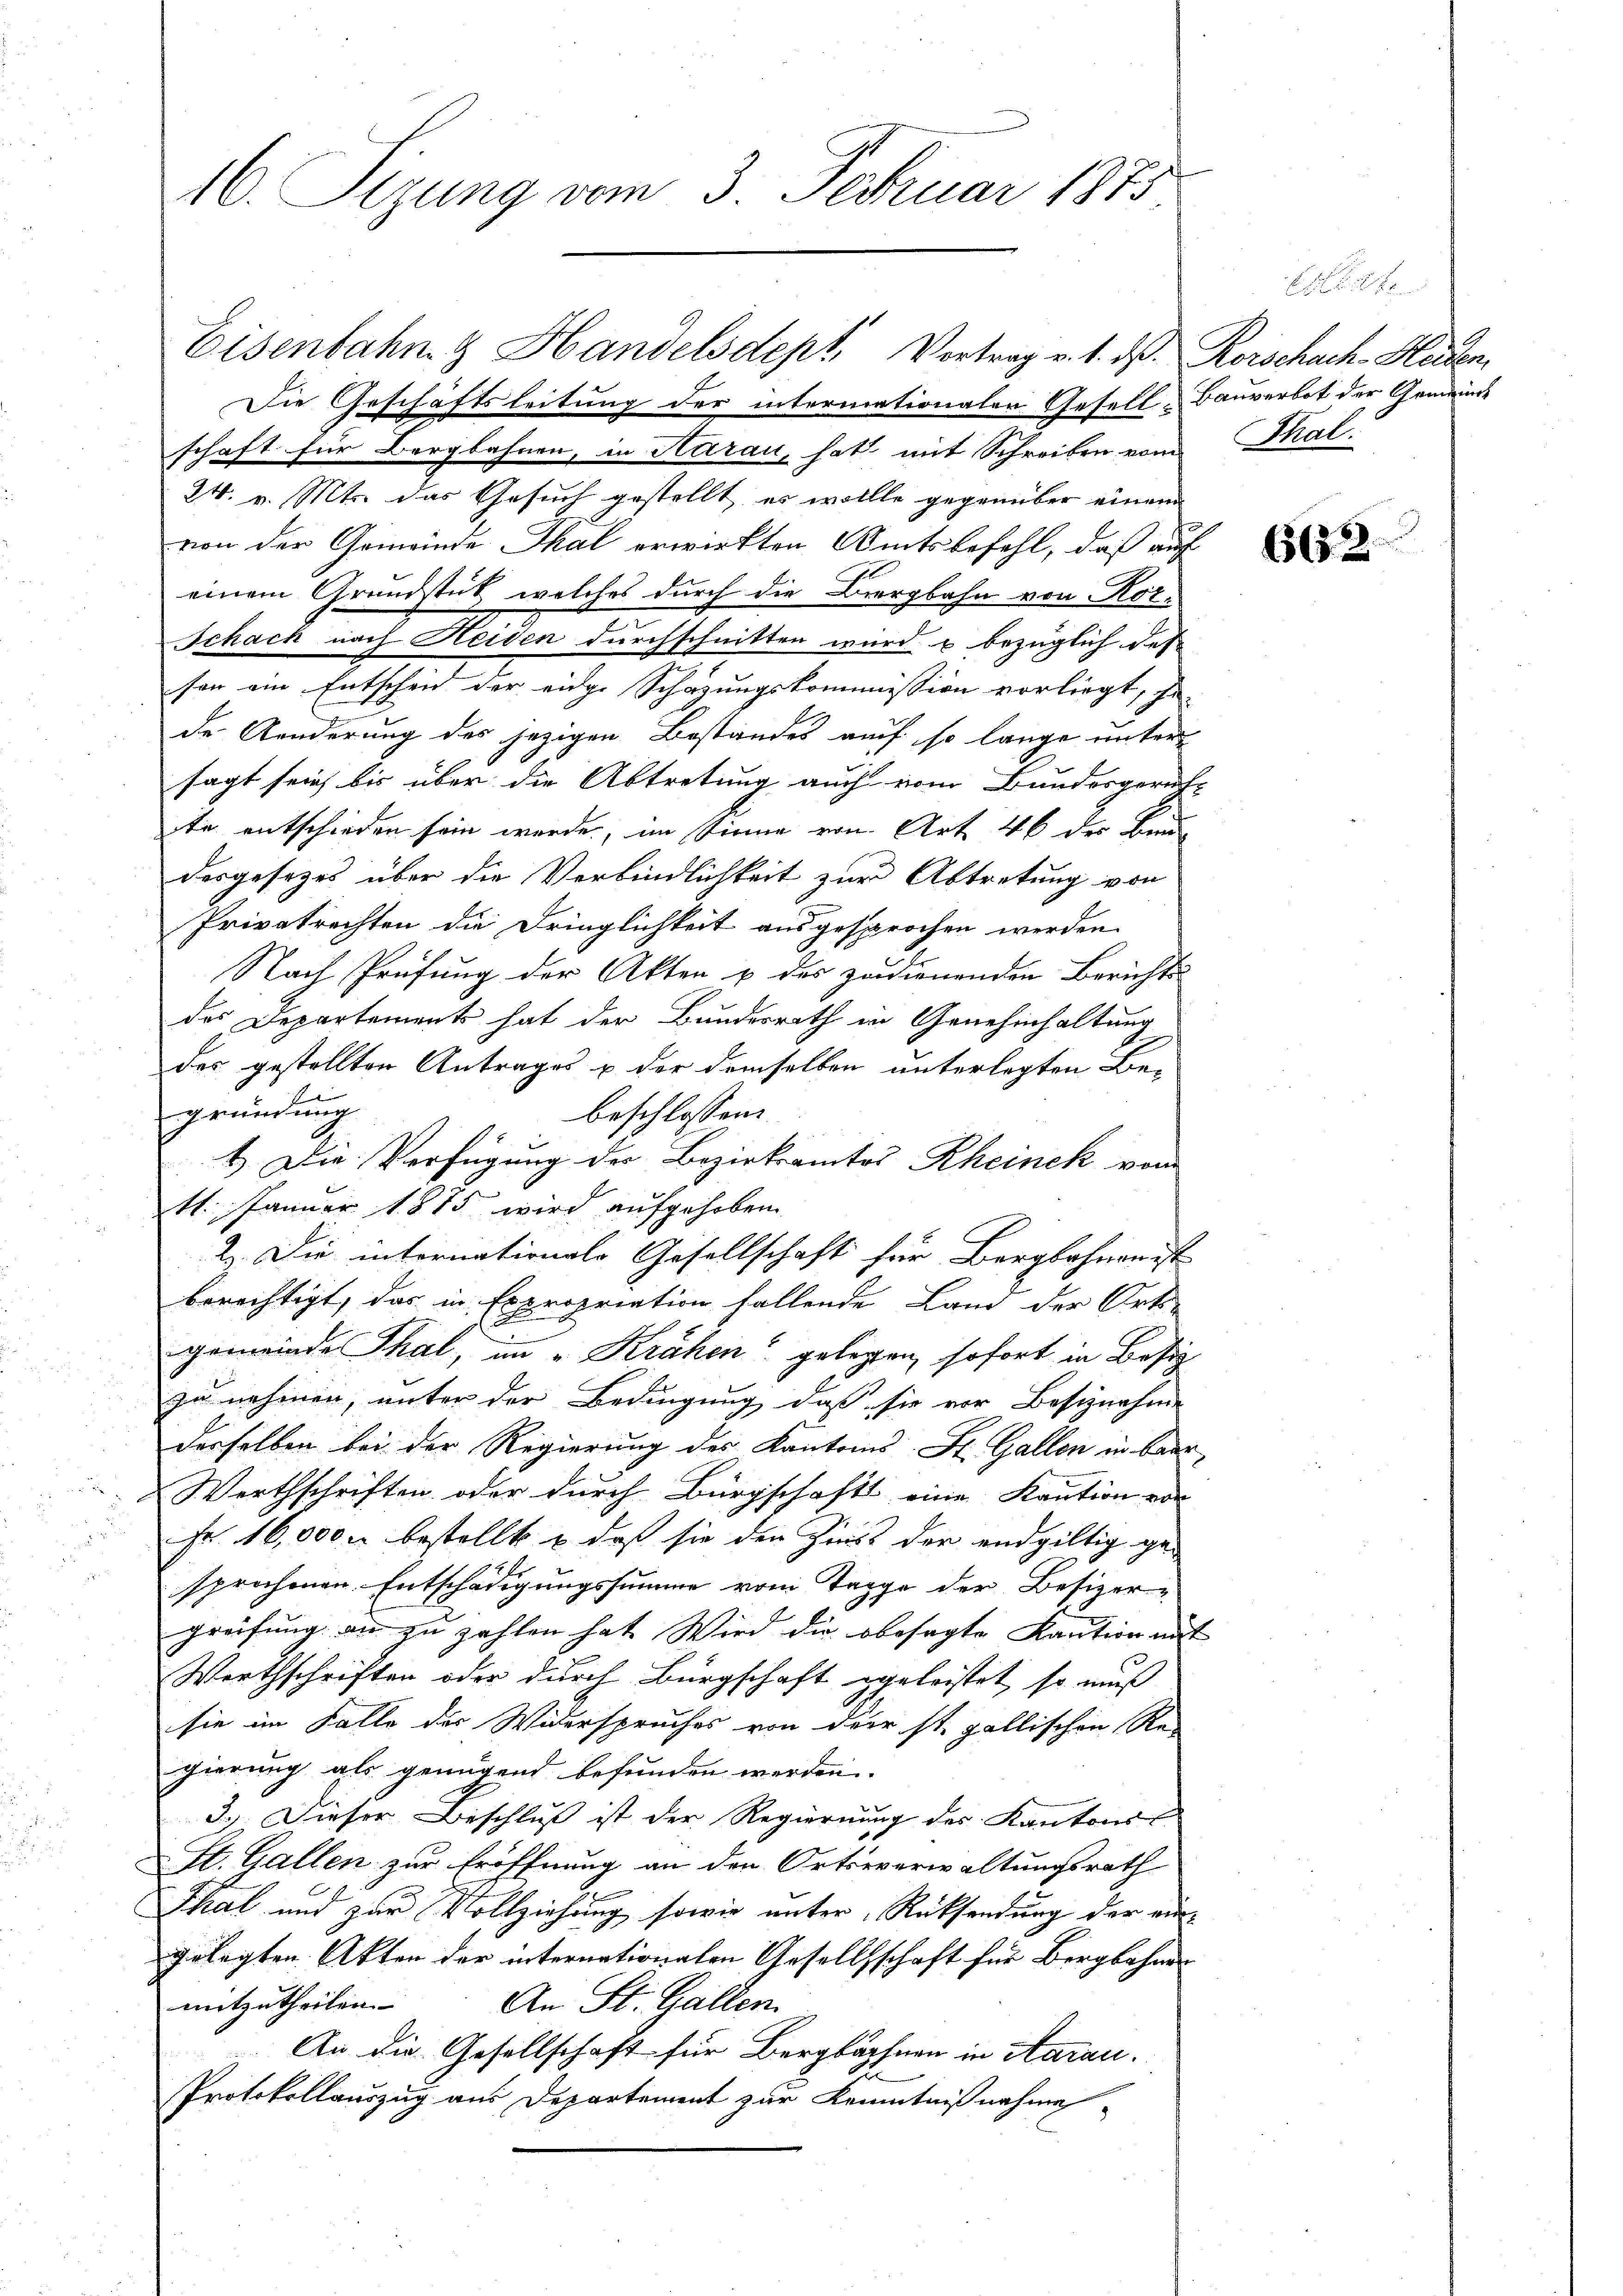
16. Sizung vom 3. Februar 1875

Die Geschäftsleitung der intermationalen Gesell-Bauverbot der Gemeinde
schaft für Bergbahnen, in Aarau, hat mit Schreiben vom
24. v. Mts. das Gesuch gestellt, es wollte gegenüber einen
von der Gemeinde Thal erwirkten Amtsbefehl, daß auf
einem Grundstütz, welches durch die Bergbahn von Kör¬
Schach nach Heiden durchschnitten wird u bezüglich des
sen ein Entscheid der eidge Schazungskommission vorliegt, ge-
de Aenderung des jezigen Bestandes auf so lange untersagt sein, bis über die Abtretung auch vom Bundesgericht
te entschieden sein werde, im Sinne von Art. 46 der Bau-
desgesetzes über die Verbindlichkeit zur Abtretung von
Privatrechten die Dringlichkeit ausgesprochen werden
Nach Prüfung der Akten u des zudienenden Berichts
des Departements hat der Bundesrath in Genehmhaltung
der gestellten Antrages u der demselben unterlegten Be-
gründung
beschlossen:
1.) Die Verfügung der Bezirksamtos Rheinek vom
11. Januar 1875 wird aufgehoben
2). Die internationale Gesellschaft für Bergbahnen ist
berechtigt, das in Expropriation fallende Land der Orts-
x
gemeinde Thal, im „Krähen“ gelegen, sofort in Besiz
zu nehmen, unter der Bedingung, daß sie vor Beschnahme
derselben bei der Regierung des Kantons St. Gallen in baar
Werthschriften oder durch Bürgschafts eine Kaution vor
Fr. 16,000 u bestellt & daß sie den Zins der endgültig ge-
sprochenen Entschädigungssumme vom Tagge der Besizer-
greifung an zu zahlen hat. Wird die obesagte Kaution mit
Wirthschriften oder durch Bürgschaft geleistet, so muß
sie im Falle der Widerspruches von der st. gallischen Re-
gierung als genügend befunden werden.
3.) Dieser Beschluß ist der Regierung des Kantons
St. Gallen zur Eröffnung an den Ortsverwaltungsrath
Thal und zur Vollziehung, sowie unter Rücksendung der ein
gelegten Akten der internationalen Gesellschaft für Bergbahne
mitzutheilen.
An St. Gallen.
 An die Gesellschaft für Bergböphnen in Aarau
e
Protokollauszug aus Departement zur Kenntnißnahme

Eisenbahn & Handelsdept, Vortrag v. 1. ds. Rorschach-Heiden

xx
Thal.

662